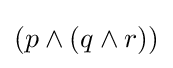
(p\land (q\land r))